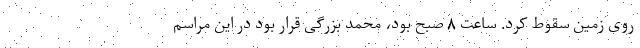
روی زمین سقوط کرد. ساعت ۸ صبح بود، محمد بزرگی قرار بود در این مراسم